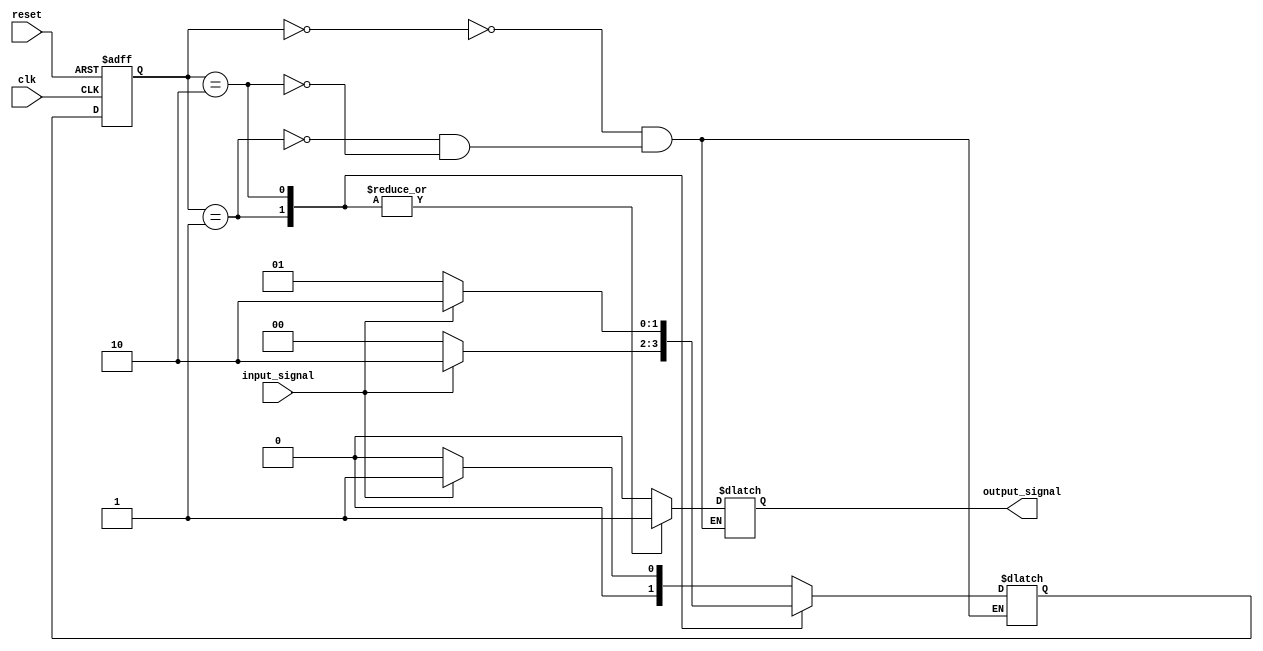
module mealy_fsm (
    input wire clk,
    input wire reset,
    input wire input_signal,
    output reg output_signal
);

// Define states
parameter S0 = 2'b00;
parameter S1 = 2'b01;
parameter S2 = 2'b10;

// Define state register
reg [1:0] state_reg, next_state;

// Define output logic
always @ (posedge clk or posedge reset)
begin
    if (reset)
        state_reg <= S0;
    else
        state_reg <= next_state;
end

always @*
begin
    case (state_reg)
        S0: begin
            next_state = input_signal ? S1 : S0;
            output_signal = 0;
        end
        S1: begin
            next_state = input_signal ? S2 : S0;
            output_signal = 1;
        end
        S2: begin
            next_state = input_signal ? S2 : S1;
            output_signal = 1;
        end
    endcase
end

endmodule